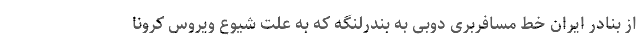
از بنادر ایران خط مسافربری دوبی به بندرلنگه که به علت شیوع ویروس کرونا